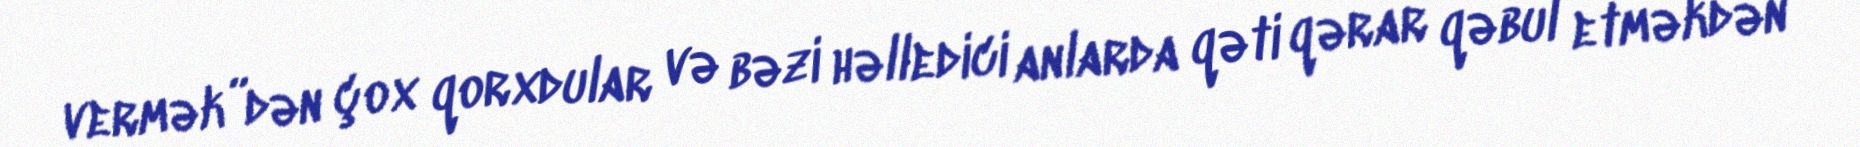
vermək”dən çox qorxdular və bəzi həlledici anlarda qəti qərar qəbul etməkdən